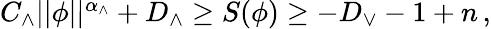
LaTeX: \begin{array}{r}{C_{\wedge}\vert\vert\phi\vert\vert^{\alpha_{\wedge}}+D_{\wedge}\geq S(\phi)\geq-D_{\vee}-1+n\, ,}\end{array}